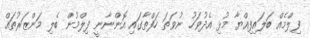
ފިލްމެއް ބަލައިފިއްޔާ މުޅި އެދުވަހު ނުވަތަ ހަފްތާގައި އޮންނާނީ ފިލްމުން ބެލި މަންޒަރުތައް